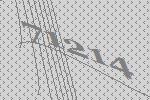
71214